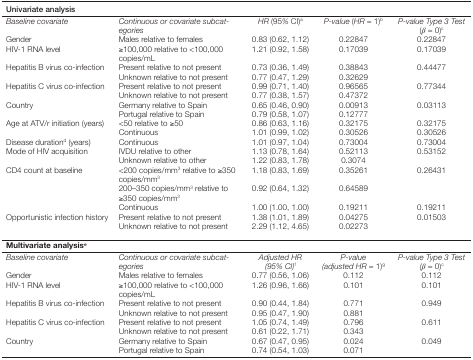
<table><thead><tr><td><b>Univariate analysis</b></td><td><b> </b></td><td><b> </b></td><td><b> </b></td><td><b> </b></td></tr></thead><tbody><tr><td><i>Baseline covariate</i></td><td><i>Continuous or covariate subcategories</i></td><td><i>HR</i> (95<i>%</i> CI)<sup>a</sup></td><td><i>P-value</i> (<i>HR =</i> 1)<sup>b</sup></td><td><i>P-value Type 3 Test</i> (<i>β =</i> 0)<sup>c</sup></td></tr><tr><td>Gender</td><td>Males relative to females</td><td>0.83 (0.62, 1.12)</td><td>0.22847</td><td>0.22847</td></tr><tr><td>HIV-1 RNA level </td><td>≥100,000 relative to &lt;100,000 copies/mL</td><td>1.21 (0.92, 1.58)</td><td>0.17039</td><td>0.17039</td></tr><tr><td>Hepatitis B virus co-infection </td><td>Present relative to not present</td><td>0.73 (0.36, 1.49)</td><td>0.38843</td><td>0.44477</td></tr><tr><td> </td><td>Unknown relative to not present</td><td>0.77 (0.47, 1.29)</td><td>0.32629</td><td> </td></tr><tr><td>Hepatitis C virus co-infection </td><td>Present relative to not present</td><td>0.99 (0.71, 1.40)</td><td>0.96565</td><td>0.77344</td></tr><tr><td> </td><td>Unknown relative to not present</td><td>0.77 (0.38, 1.57)</td><td>0.47372</td><td> </td></tr><tr><td>Country</td><td>Germany relative to Spain</td><td>0.65 (0.46, 0.90)</td><td>0.00913</td><td>0.03113</td></tr><tr><td> </td><td>Portugal relative to Spain</td><td>0.79 (0.58, 1.07)</td><td>0.12777</td><td> </td></tr><tr><td>Age at ATV/r initiation (years)</td><td>&lt;50 relative to ≥50</td><td>0.86 (0.63, 1.16)</td><td>0.32175</td><td>0.32175</td></tr><tr><td> </td><td>Continuous</td><td>1.01 (0.99, 1.02)</td><td>0.30526</td><td>0.30526</td></tr><tr><td>Disease duration<sup>d</sup> (years)</td><td>Continuous</td><td>1.01 (0.97, 1.04)</td><td>0.73004</td><td>0.73004</td></tr><tr><td>Mode of HIV acquisition</td><td>IVDU relative to other</td><td>1.13 (0.78, 1.64)</td><td>0.52113</td><td>0.53152</td></tr><tr><td> </td><td>Unknown relative to other</td><td>1.22 (0.83, 1.78)</td><td>0.3074</td><td> </td></tr><tr><td>CD4 count at baseline</td><td>&lt;200 copies/mm<sup>3</sup> relative to ≥350 copies/mm<sup>3</sup></td><td>1.18 (0.83, 1.69)</td><td>0.35261</td><td>0.26431</td></tr><tr><td> </td><td>200–350 copies/mm<sup>3</sup> relative to ≥350 copies/mm<sup>3</sup></td><td>0.92 (0.64, 1.32)</td><td>0.64589</td><td> </td></tr><tr><td> </td><td>Continuous</td><td>1.00 (1.00, 1.00)</td><td>0.19211</td><td>0.19211</td></tr><tr><td>Opportunistic infection history </td><td>Present relative to not present</td><td>1.38 (1.01, 1.89)</td><td>0.04275</td><td>0.01503</td></tr><tr><td> </td><td>Unknown relative to not present</td><td>2.29 (1.12, 4.65)</td><td>0.02273</td><td> </td></tr><tr><td> </td><td> </td><td> </td><td> </td><td> </td></tr><tr><td>Multivariate analysis<sup>e</sup></td><td> </td><td> </td><td> </td><td> </td></tr><tr><td><i>Baseline covariate</i></td><td><i>Continuous or covariate subcategories</i></td><td><i>Adjusted HR (95% CI)</i><sup>f</sup></td><td><i>P-value (adjusted HR</i> = 1)<sup>g</sup></td><td><i>P-value Type 3 Test (β =</i> 0)<sup>c</sup></td></tr><tr><td>Gender</td><td>Males relative to females</td><td>0.77 (0.56, 1.06)</td><td>0.112</td><td>0.112</td></tr><tr><td>HIV-1 RNA level </td><td>≥100,000 relative to &lt;100,000 copies/mL</td><td>1.26 (0.96, 1.66)</td><td>0.101</td><td>0.101</td></tr><tr><td>Hepatitis B virus co-infection </td><td>Present relative to not present</td><td>0.90 (0.44, 1.84)</td><td>0.771</td><td>0.949</td></tr><tr><td> </td><td>Unknown relative to not present</td><td>0.95 (0.47, 1.90)</td><td>0.881</td><td> </td></tr><tr><td>Hepatitis C virus co-infection </td><td>Present relative to not present</td><td>1.05 (0.74, 1.49)</td><td>0.796</td><td>0.611</td></tr><tr><td> </td><td>Unknown relative to not present</td><td>0.61 (0.22, 1.71)</td><td>0.343</td><td> </td></tr><tr><td>Country</td><td>Germany relative to Spain</td><td>0.67 (0.47, 0.95)</td><td>0.024</td><td>0.049</td></tr><tr><td> </td><td>Portugal relative to Spain</td><td>0.74 (0.54, 1.03)</td><td>0.071</td><td> </td></tr></tbody></table>